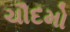
ચૌદમો